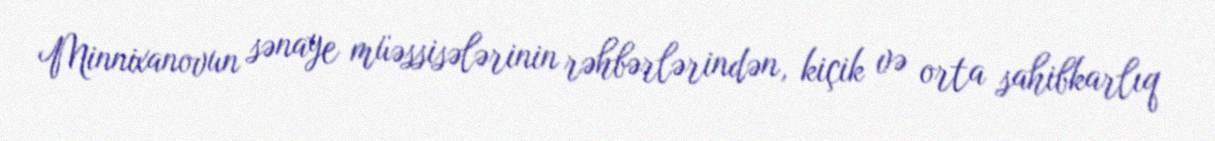
Minnixanovun sənaye müəssisələrinin rəhbərlərindən, kiçik və orta sahibkarlıq